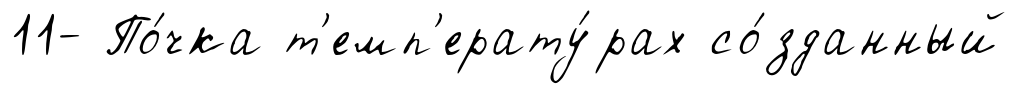
11- По́чка т'емп'ерату́рах со́зданный